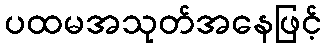
ပထမအသုတ်အနေဖြင့်